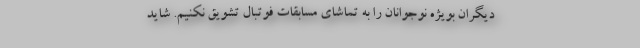
دیگران بویژه نوجوانان را به تماشای مسابقات فوتبال تشویق نکنیم. شاید